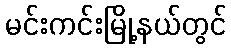
မင်းကင်းမြို့နယ်တွင်